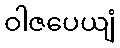
ဝါဇပေယျံ